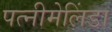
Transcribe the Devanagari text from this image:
पत्नीमेलिंडा